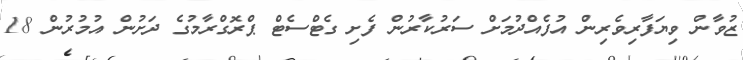
ޒުވާން ވިޔަފާރިވެރިން އުފެއްދުމަށް ސަރުކާރުން ފެށި ގެޓްސެޓް ޕްރޮގްރާމުގެ ދަށުން އުމުރުން 18